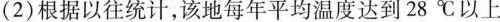
(2)根据以往统计，该地每年平均温度达到28℃以上